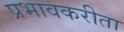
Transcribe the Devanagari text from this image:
प्रभावकरीता